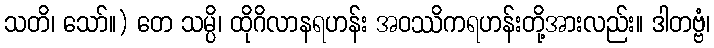
သတိ၊ သော်။) တေ သမ္ပိ၊ ထိုဂိလာနရဟန်း အဝဿိကရဟန်းတို့အားလည်း။ ဒါတဗ္ဗံ၊